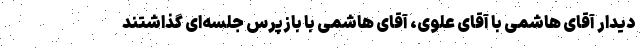
دیدار آقای هاشمی با آقای علوی، آقای هاشمی با بازپرس جلسه‌ای گذاشتند